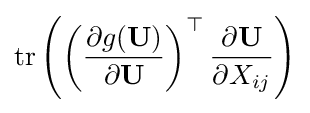
\operatorname {tr} \left(\left({\frac {\partial g(\mathbf {U} )}{\partial \mathbf {U} }}\right)^{\top }{\frac {\partial \mathbf {U} }{\partial X_{ij}}}\right)